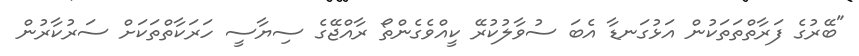
"ބޭރުގެ ފަރާތްތަތަކުން އަޅުގަނޑާ އެބަ ސުވާލުކުރޭ ކީއްވެގެންތޯ ރާއްޖޭގެ ސިޔާސީ ހަރަކާތްތަކަށް ސަރުކާރުން